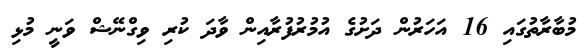
މުބާރާތުގައި 16 އަހަރުން ދަށުގެ އުމުރުފުރާއިން ވާދަ ކުރި ވިގްނޭޝް ވަނީ މުޅި